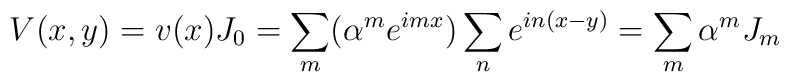
V(x,y)=v(x)J_{0}=\sum_{m}(\alpha^{m}e^{imx})\sum_{n}e^{in(x-y)}=\sum_{m}\alpha ^{m}J_{m}